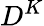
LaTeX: D^{K}